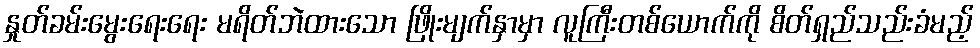
နှုတ်ခမ်းမွေးရေးရေး မရိတ်ဘဲထားသော ဖြိုးမျက်နှာမှာ လူကြီးတစ်ယောက်ကို စိတ်ရှည်သည်းခံမည့်